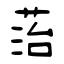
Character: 菭